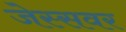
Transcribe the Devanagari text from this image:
जेस्सवर